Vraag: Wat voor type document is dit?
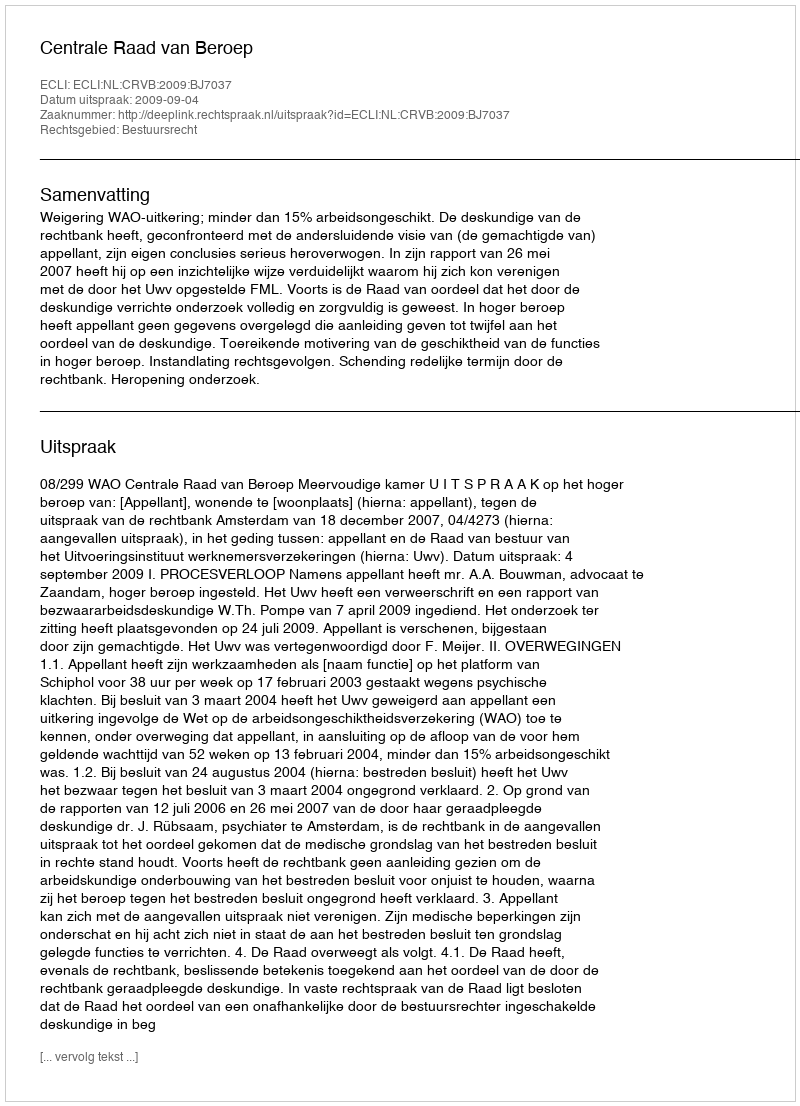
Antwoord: Uitspraak